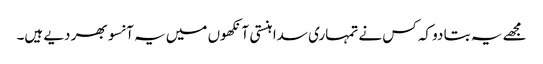
مجھے یہ بتا دو کہ کس نے تمہاری سدا ہنستی آنکھوں میں یہ آنسو بھر دیے ہیں۔